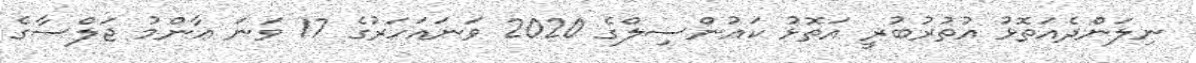
ނިލަންދެއަތޮޅު އުތުރުބުރީ އަތޮޅު ކައުންސިލްގެ 2020 ވަނައަހަރުގެ 17 ވަނަ ޢާންމު ޖަލްސާގެ